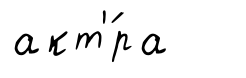
акт'́ра